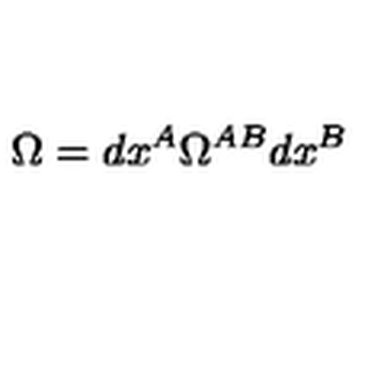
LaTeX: \Omega = d x ^ { A } \Omega ^ { A B } d x ^ { B }